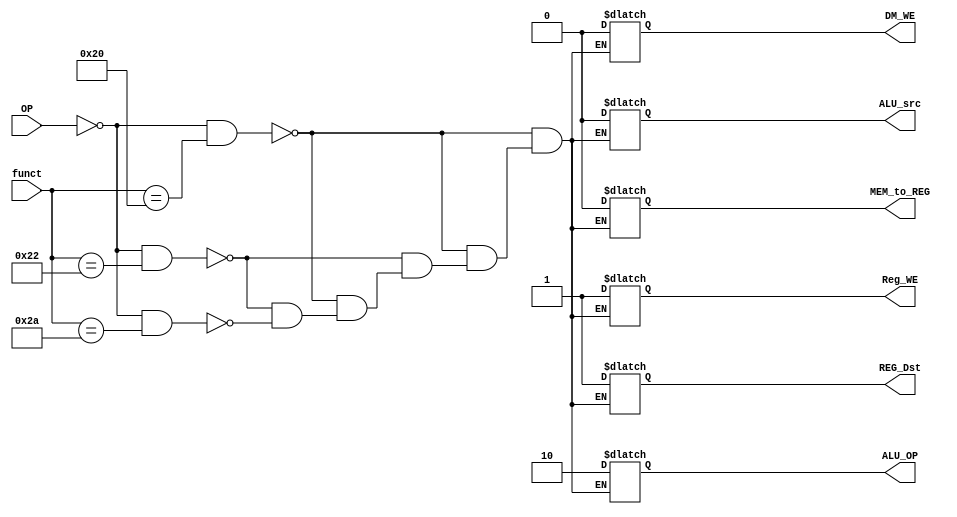
`timescale 1ns / 1ps

module Decoder( OP, Reg_WE, DM_WE, ALU_OP, ALU_src,MEM_to_REG,REG_Dst,funct);
	input [5:0] OP;
	input [5:0] funct;
	output Reg_WE, DM_WE, ALU_src,MEM_to_REG,REG_Dst;
	output [1:0] ALU_OP;
	
        reg Reg_WE, DM_WE, ALU_src,MEM_to_REG,REG_Dst;
        reg [1:0] ALU_OP;


        //assign Reg_WE = (OP[5:0] == 6'b000000 && funct[5:0] == 6'b100000) ? 1 : 0;





   /* add your design */   	

   

    always @(funct or OP)
    begin 
       if(OP[5:0] == 6'b000000 && funct[5:0] == 6'b100000)
       begin
          Reg_WE = 1;
          DM_WE = 0;
          ALU_src = 0;
          MEM_to_REG = 0;
          REG_Dst = 1;
          ALU_OP[1:0] = 2'b10;
       end

       else if(OP[5:0] == 6'b000000 && funct[5:0] == 6'b100010)
       begin
         Reg_WE = 1; 
         DM_WE = 0;
         ALU_src = 0;
         MEM_to_REG = 0;
         REG_Dst = 1;
         ALU_OP[1:0] = 2'b10;
       end

       else if(OP[5:0] == 6'b000000 && funct[5:0] == 6'b101010)
       begin
          Reg_WE = 1;
          DM_WE = 0;
          ALU_src = 0;
          MEM_to_REG = 0;
          REG_Dst = 1;
          ALU_OP[1:0] = 2'b10;
       end
    end

	
endmodule